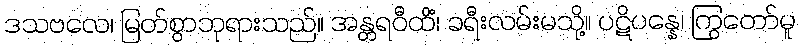
ဒသဗလေ၊ မြတ်စွာဘုရားသည်။ အန္တရဝီထိံ၊ ခရီးလမ်းမသို့။ ပဋိပန္နေ၊ ကြွတော်မူ